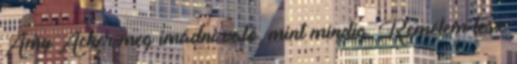
Amy Acker meg imádni való, mint mindig. Remélem lesz